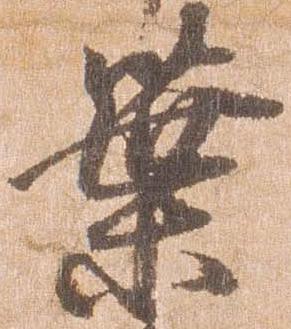
葉